Indian journal of veterinary science and animal husbandry - Volume 2,
Year: 1932
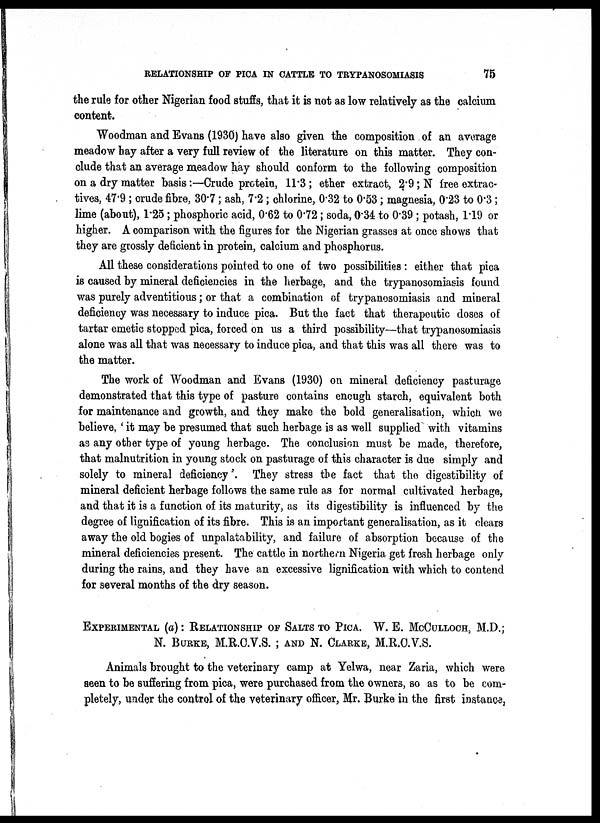
RELATIONSHIP OF PICA IN CATTLE TO TRYPANOSOMIASIS
75
the rule for other Nigerian food stuffs, that it is not as low relatively as the calcium
content.
Woodman and Evans (1930) have also given the composition of an average
meadow hay after a very full review of the literature on this matter. They con-
clude that an average meadow hay should conform to the following composition
on a dry matter basis:—Crude protein, 11.3; ether extract, 2.9; N free extrac-
tives, 47.9; crude fibre, 80.7; ash, 7.2; chlorine, 0.32 to 0.53; magnesia, 0.23 to 0.3;
lime (about), 1.25; phosphoric acid, 0.62 to 0.72; soda, 0.34 to 0.39 ; potash, 1.19 or
higher. A comparison with the figures for the Nigerian grasses at once shows that
they are grossly deficient in protein, calcium and phosphorus.
All these considerations pointed to one of two possibilities: either that pica
is caused by mineral deficiencies in the herbage, and the trypanosomiasis found
was purely adventitious; or that a combination of trypanosomiasis and mineral
deficiency was necessary to induce pica. But the fact that therapeutic doses of
tartar emetic stopped pica, forced on us a third possibility—that trypanosomiasis
alone was all that was necessary to induce pica, and that this was all there was to
the matter.
The work of Woodman and Evans (1930) on mineral deficiency pasturage
demonstrated that this type of pasture contains enough starch, equivalent both
for maintenance and growth, and they make the bold generalisation, which we
believe, ' it may be presumed that such herbage is as well supplied with vitamins
as any other type of young herbage. The conclusion must be made, therefore,
that malnutrition in young stock on pasturage of this character is due simply and.
solely to mineral deficiency'. They stress the fact that the digestibility of
mineral deficient herbage follows the same rule as for normal cultivated herbage,
and that it is a function of its maturity, as its digestibility is influenced by the
degree of lignification of its fibre. This is an important generalisation, as it clears
away the old bogies of unpalatability, and failure of absorption because of the
mineral deficiencies present. The cattle in northern Nigeria get fresh herbage only
during the rains, and they have an excessive lignification with which to contend
for several months of the dry season.
EXPERIMENTAL (a): RELATIONSHIP OF SALTS TO PICA. W. E. MCCULLOCH, M.D.;
N. BURKE, M.R.C.V.S. ; AND N. CLARKE, M.R.C.V.S.
Animals brought to the veterinary camp at Yelwa, near Zaria, which were
seen to be suffering from pica, were purchased from the owners, so as to be com-
pletely, under the control of the veterinary officer, Mr. Burke in the first instance,